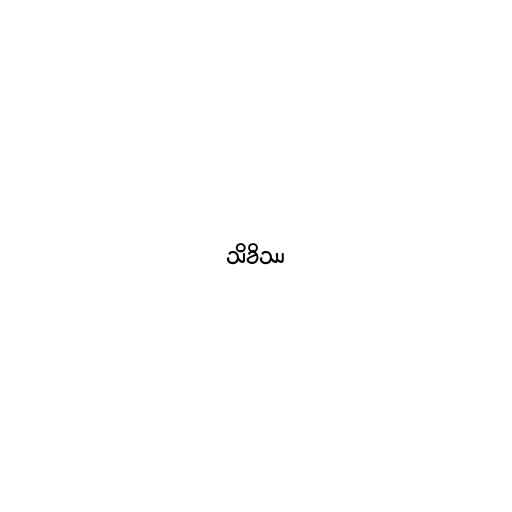
သိခိဿ